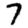
Digit: 7